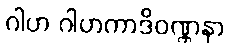
ဂါဟ ဂါဟကာဒိဝဏ္ဏနာ